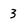
Character: 3